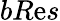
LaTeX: bR\mathrm{e}s